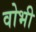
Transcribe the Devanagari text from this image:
वोभी